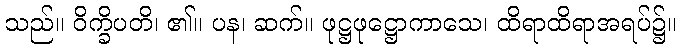
သည်။ ဝိက္ခိပတိ၊ ၏။ ပန၊ ဆက်။ ဖုဋ္ဌဖုဋ္ဌောကာသေ၊ ထိရာထိရာအရပ်၌။